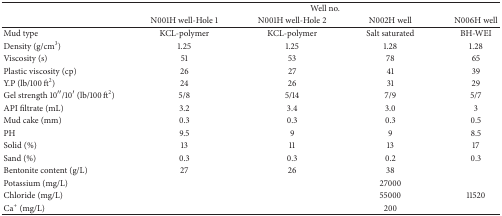
<table><thead><tr><td><b> </b></td><td colspan="4"><b>Well no.</b></td></tr><tr><td><b> </b></td><td><b>N001H well-Hole 1</b></td><td><b>N001H well-Hole 2</b></td><td><b>N002H well</b></td><td><b>N006H well</b></td></tr></thead><tbody><tr><td>Mud type</td><td>KCL-polymer</td><td>KCL-polymer</td><td>Salt saturated</td><td>BH-WEI</td></tr><tr><td>Density (g/cm<sup>3</sup>)</td><td>1.25</td><td>1.25</td><td>1.28</td><td>1.28</td></tr><tr><td>Viscosity (s)</td><td>51</td><td>53</td><td>78</td><td>65</td></tr><tr><td>Plastic viscosity (cp) </td><td>26</td><td>27</td><td>41</td><td>39</td></tr><tr><td>Y.P (lb/100 ft<sup>2</sup>)</td><td>24</td><td>26</td><td>31</td><td>29</td></tr><tr><td>Gel strength 10′′/10′ (lb/100 ft<sup>2</sup>)</td><td>5/8</td><td>5/14</td><td>7/9</td><td>5/7</td></tr><tr><td>API filtrate (mL)</td><td>3.2</td><td>3.4</td><td>3.0</td><td>3</td></tr><tr><td>Mud cake (mm)</td><td>0.3</td><td>0.3</td><td>0.3</td><td>0.5</td></tr><tr><td>PH</td><td>9.5</td><td>9</td><td>9</td><td>8.5</td></tr><tr><td>Solid (%)</td><td>13</td><td>11</td><td>13</td><td>17</td></tr><tr><td>Sand (%)</td><td>0.3</td><td>0.3</td><td>0.2</td><td>0.3</td></tr><tr><td>Bentonite content (g/L)</td><td>27</td><td>26</td><td>38</td><td> </td></tr><tr><td>Potassium (mg/L)</td><td> </td><td> </td><td>27000</td><td> </td></tr><tr><td>Chloride (mg/L)</td><td> </td><td> </td><td>55000</td><td>11520</td></tr><tr><td>Ca<sup>+</sup> (mg/L)</td><td> </td><td> </td><td>200</td><td> </td></tr></tbody></table>